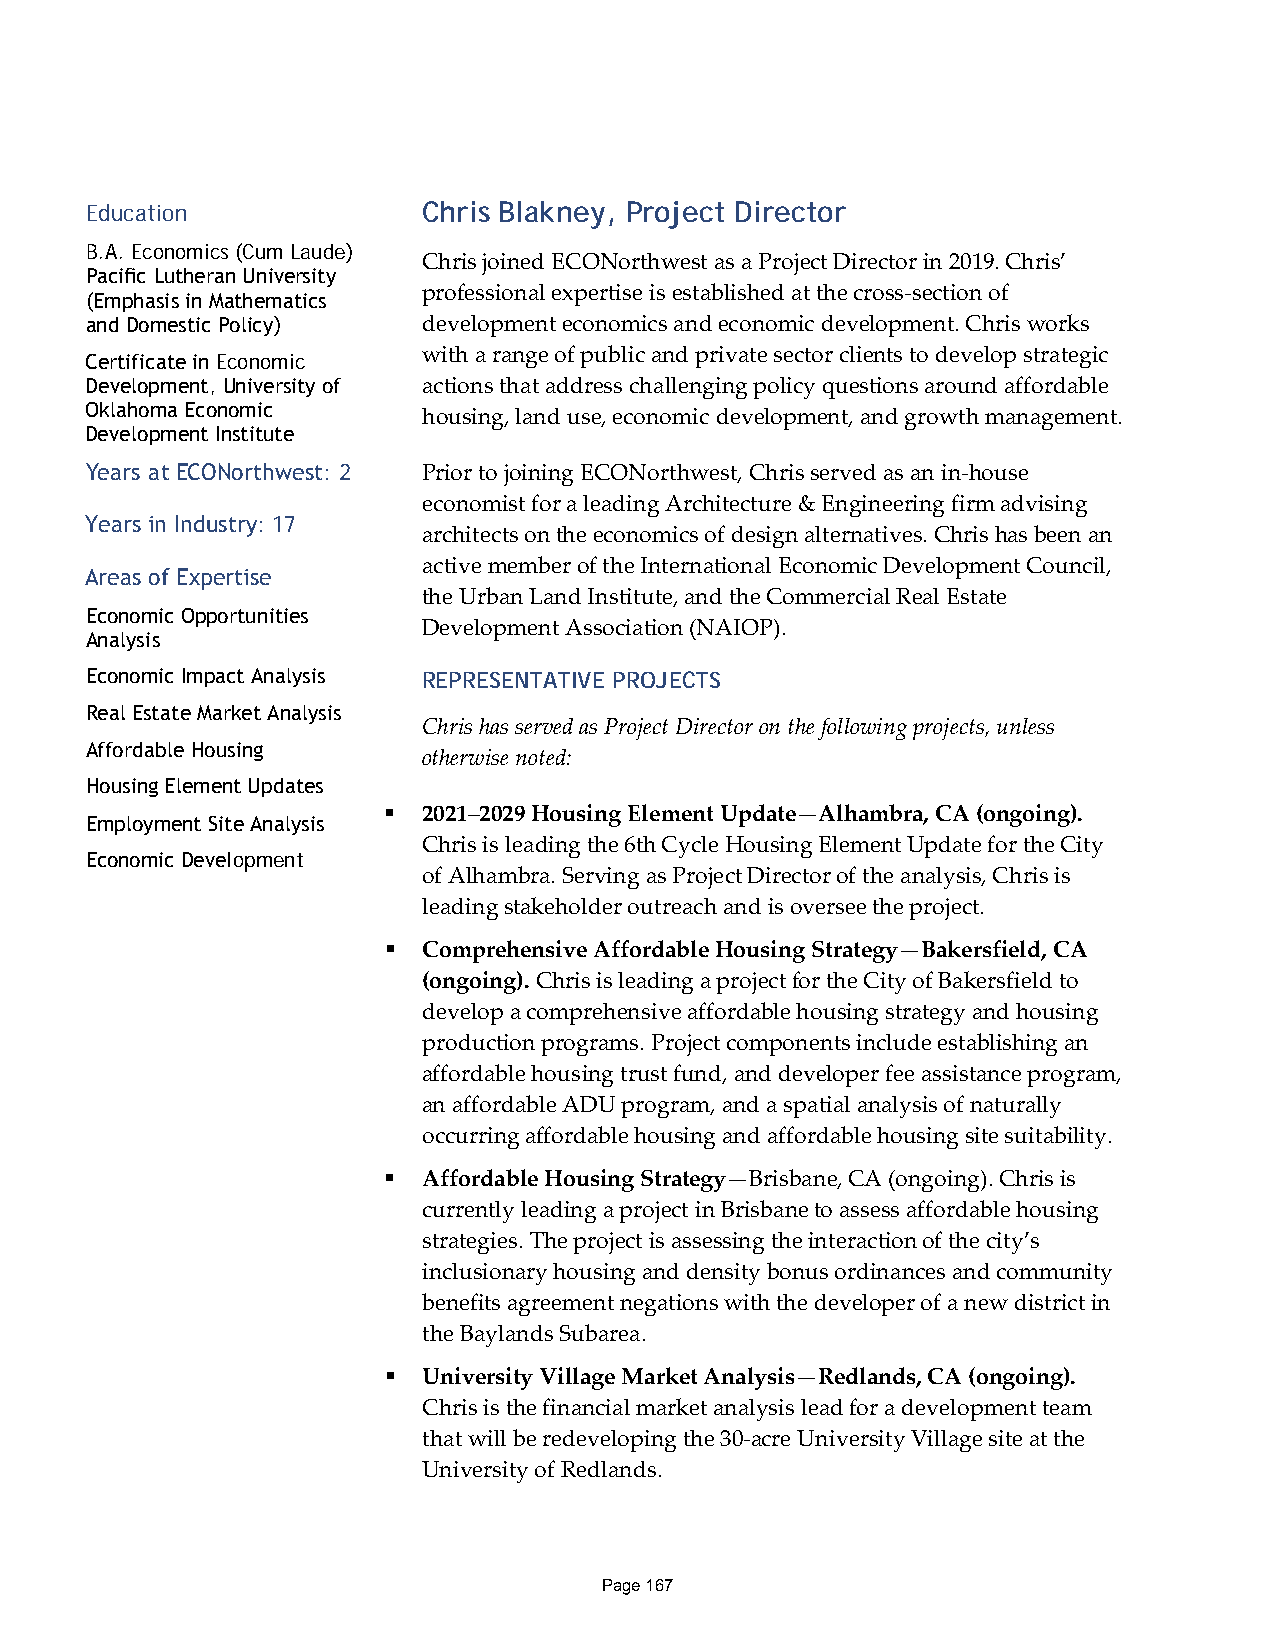
Education             Chris Blakney, Project Director
 B.A. Economics (Cum Laude)
 Chris joined ECONorthwest as a Project Director in 2019. Chris’
 Pacific Lutheran University
 professional expertise is established at the cross-section of
 (Emphasis in Mathematics
 and Domestic Policy)  development economics and economic development. Chris works
 with a range of public and private sector clients to develop strategic
 Certificate in Economic
 Development, University of actions that address challenging policy questions around affordable
 Oklahoma Economic
 housing, land use, economic development, and growth management.
 Development Institute
 Years at ECONorthwest: 2 Prior to joining ECONorthwest, Chris served as an in-house
 economist for a leading Architecture & Engineering firm advising
 Years in Industry: 17
 architects on the economics of design alternatives. Chris has been an
 active member of the International Economic Development Council,
 Areas of Expertise
 the Urban Land Institute, and the Commercial Real Estate
 Economic Opportunities
 Development Association (NAIOP).
 Analysis
 Economic Impact Analysis REPRESENTATIVE PROJECTS
 Real Estate Market Analysis
 Chris has served as Project Director on the following projects, unless
 Affordable Housing
 otherwise noted:
 Housing Element Updates
   2021–2029 Housing Element Update—Alhambra, CA (ongoing).
 Employment Site Analysis
 Chris is leading the 6th Cycle Housing Element Update for the City
 Economic Development
 of Alhambra. Serving as Project Director of the analysis, Chris is
 leading stakeholder outreach and is oversee the project.
   Comprehensive Affordable Housing Strategy—Bakersfield, CA
 (ongoing). Chris is leading a project for the City of Bakersfield to
 develop a comprehensive affordable housing strategy and housing
 production programs. Project components include establishing an
 affordable housing trust fund, and developer fee assistance program,
 an affordable ADU program, and a spatial analysis of naturally
 occurring affordable housing and affordable housing site suitability.
   Affordable Housing Strategy—Brisbane, CA (ongoing). Chris is
 currently leading a project in Brisbane to assess affordable housing
 strategies. The project is assessing the interaction of the city’s
 inclusionary housing and density bonus ordinances and community
 benefits agreement negations with the developer of a new district in
 the Baylands Subarea.
   University Village Market Analysis—Redlands, CA (ongoing).
 Chris is the financial market analysis lead for a development team
 that will be redeveloping the 30-acre University Village site at the
 University of Redlands.
 Page 167